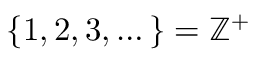
\{ 1 , 2 , 3 , \dots \} = \mathbb { Z } ^ { + }